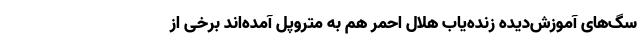
سگ‌های آموزش‌دیده زنده‌یاب هلال احمر هم به متروپل آمده‌اند برخی از